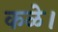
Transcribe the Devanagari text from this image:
कळे।